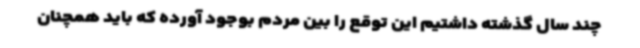
چند سال گذشته داشتیم این توقع را بین مردم بوجود آورده که باید همچنان